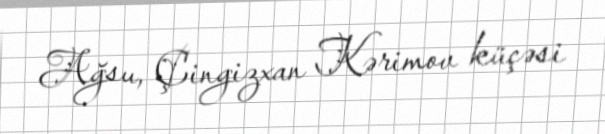
Ağsu, Çingizxan Kərimov küçəsi